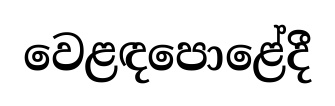
වෙළඳපොළේදී